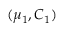
( \mu _ { 1 } , C _ { 1 } )